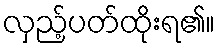
လှည့်ပတ်ထိုးရ၏။